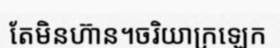
តែមិនហ៊ាន។ចរិយាក្រឡេក